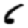
Digit: 6